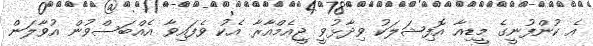
އެ ކުންފުނީގެ މީޑިއާ އޮފިޝަލަކު ވިދާޅުވީ ޖީއެމްއާރާ އެކު ވެފައިވާ އެއްބަސްވުން އުވާލަން